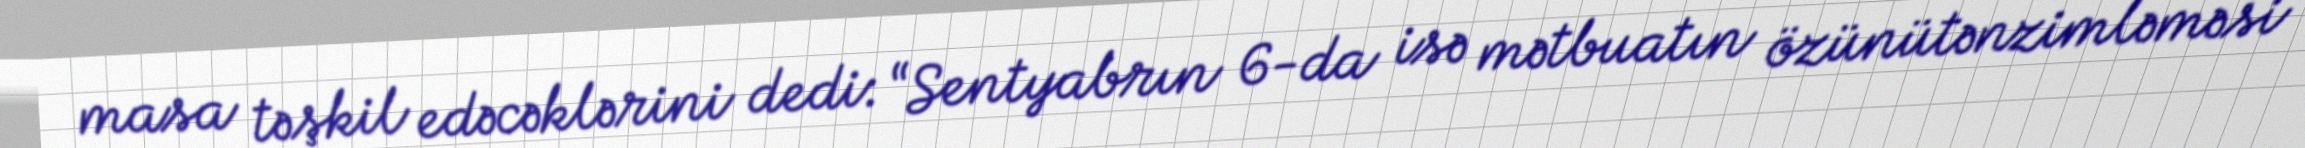
masa təşkil edəcəklərini dedi: “Sentyabrın 6-da isə mətbuatın özünütənzimləməsi